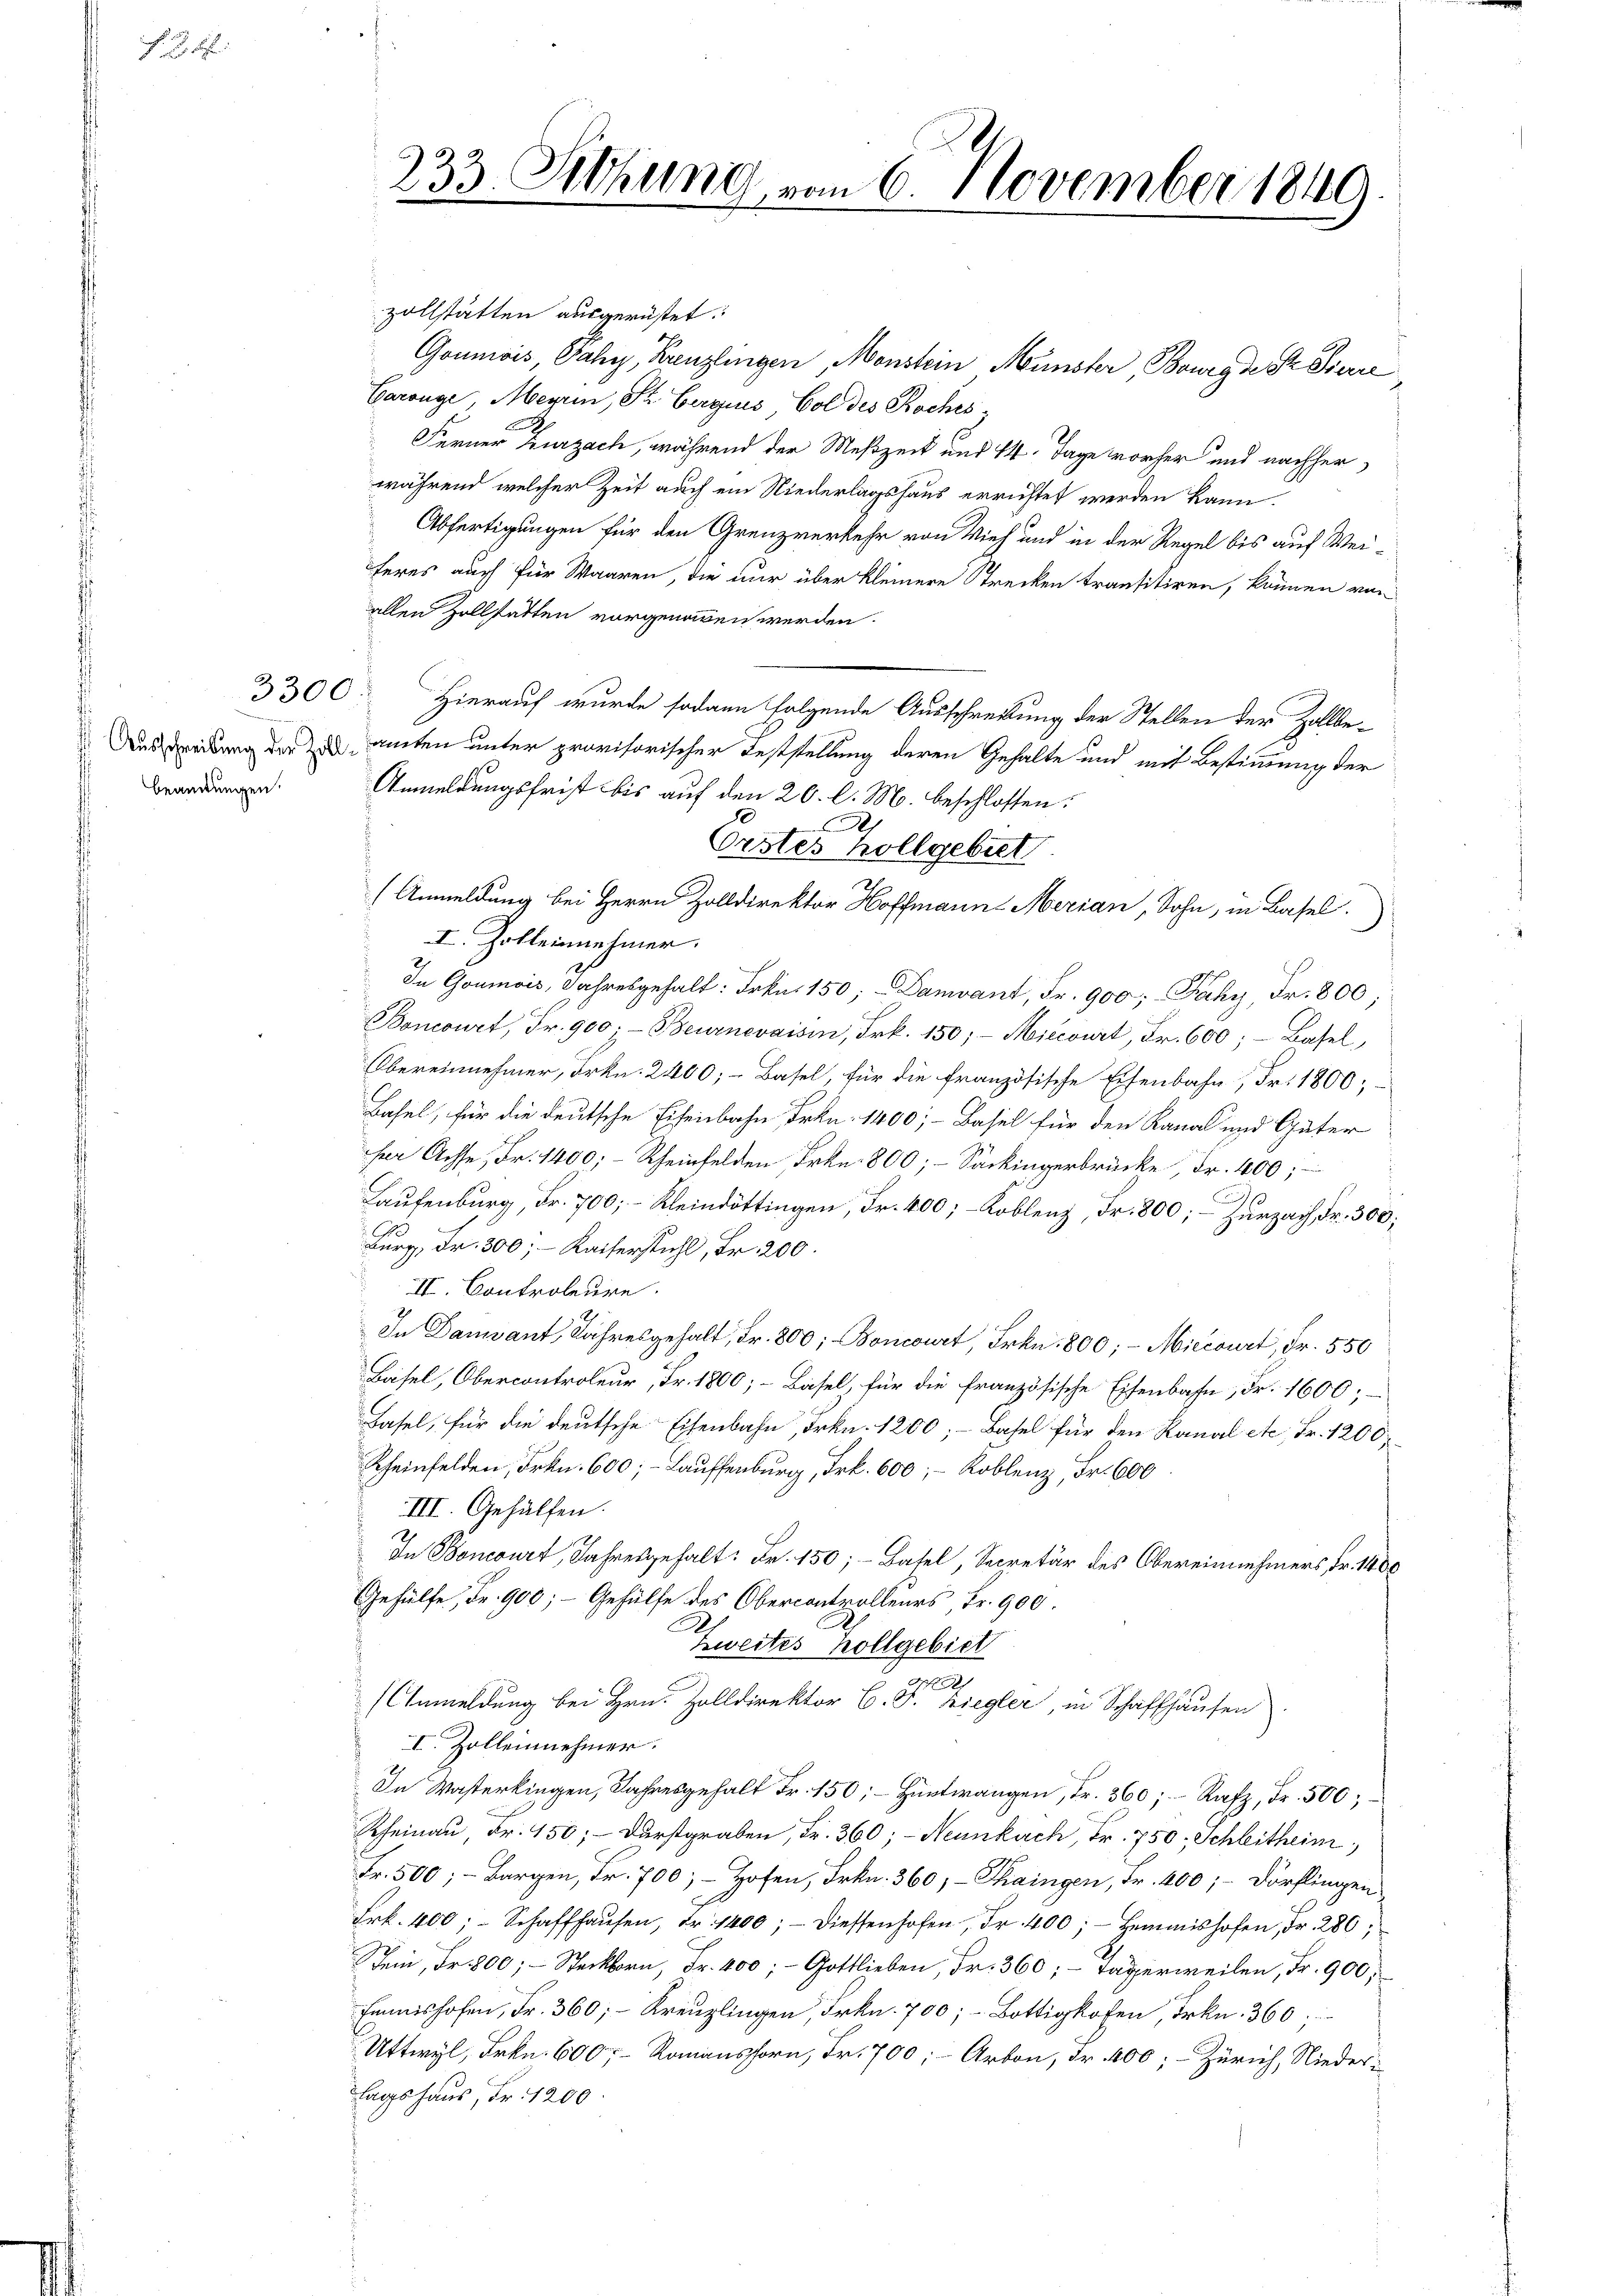
Fra

beamtungen.

233. Setzung vom 6. November 1849

zollstätten ausgerüstet.
Goumois Pahy, Kanzlingen, Monstein Münster, Bourgde Sr. Diere
Garange Meyrin, St. Berguis, Col des Roches,
Ferner Zurzach, während der Meßzeit und 14. Tage vorher und nachher
während welcher Zeit auch ein Niederlagshaus errichtet werden kann.
Abfertigungen für den Grenzverkehr von Vieh und in der Regel bis auf Weiferes auch für Waaren, die nur über kleinere Strecken transitiren, können von
allen Zollsatten vorgenommen werden.
3300. Hierauf wurde sodann folgende Ausschreibung der Stellen der Zollbe¬
Auszeitung der amten unter provisorischer Feststellung deren Gehalte und mit Bestimmung der
Anmeldungsfrist bis auf den 20. l. M. beschlossen:
Erstes Hollgebiet
(Anmeldung bei Herrn Zolldirektor Hoffmann Merian, Sohn, in Basel.
I. Zolleinnehmer.
In Goumois, Jahresgehalt: Frkn. 150; Damvant, Fr. 900; Faky, Fr. 800;
Boncourt, Fr. 900;- Beurnevaisin, Frk. 150; Miecourt, Fr. 600; Basel,
Obereinnehmer, Frkn. 2400; Basel, für die französische Eisenbahn, Fr. 1800,
Basel, für die deutsche Eisenbahn Frkn. 1400; Basel für den Kanal und Güter
her Achse, Fr. 1400; Rheinfelden Frkn. 800; - Sackingerbrücke, Fr. 400;
Laufenburg, Fr. 700; - Kleindöttingen, Fr. 400; - Koblenz, Dr. 800; – Zurzach Fr. 300;
Burg, Fr. 300; Kaiserstuhl, Fr. 200.
III. Controleure.
.
In Damiant, Jahresgehalt, Fr. 800; Boncourt, Frkn. 800; - Miccourt, Fr. 550
Basel, Obercontroleur, Fr. 1800; Basel, für die französische Eisenbahn, Fr. 1600;
Basel, für die deutsche Eisenbahn, Frkn. 1200; - Basel für den Kanal etc. Fr. 1200
Rheinfelden, Frkn. 600;- Lauffenburg, Frk. 600; Koblenz, Fr. 600
III. Gehülfen.
In Boncourt, Jahresgehalt: Fr. 150; Basel, Secretär des Obereinnehmers, Fr. 1400
Gehülfe, Fr. 900; - Gehülfe des Obercontrolleurs, Fr. 900.
A
Zweites hollgebiet
Ma
(Anmeldung bei Hrn. Zolldirektor C. J. Ziegler, in Schaffhausen.
I. Zollennehmer.
In Wasterkingen, Jahresgehalt Fr. 150; Hüntwangen, Fr. 360; Rafz, Fr. 500;
Rheinau, Fr. 150; Durstgraben, Fr. 360; - Neunkach, Fr. 750. Schleitheim,
Fr. 500; - Bargen, Fr. 700; - Hofen, Frkn. 360, Thaingen, Fr. 400; Dörflingen
Frk. 400; Schaffhaŭsen, Fr. 1400; - diessenhofen, Fr. 400; Hemmishofen, Fr. 280,
ein, Fr. 800; - Steckborn, Fr. 400; - Gottlieben, Fr. 360; - Tägerweilen, Fr. 900,
Emmishofen, Fr. 360; Kreuzlingen, Frkn. 700;- Bottigkofen, Frkn. 360,
Uttwyl, Frkn. 600 Romanshorn, Fr. 700; - Arbon, Fr. 400; Zürich, Nieder-
lagshaus, Fr. 1200.